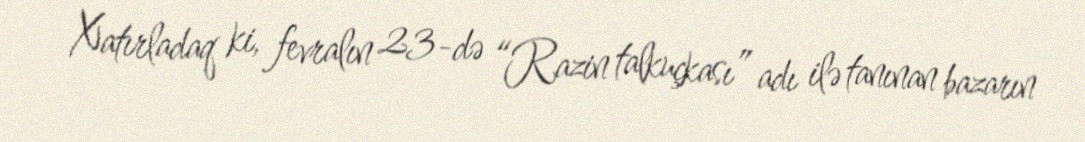
Xatırladaq ki, fevralın 23-də “Razin talkuçkası” adı ilə tanınan bazarın